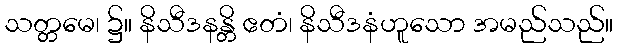
သတ္တမေ၊ ၌။ နိသီဒနန္တိ ဧတံ၊ နိသီဒနံဟူသော အမည်သည်။